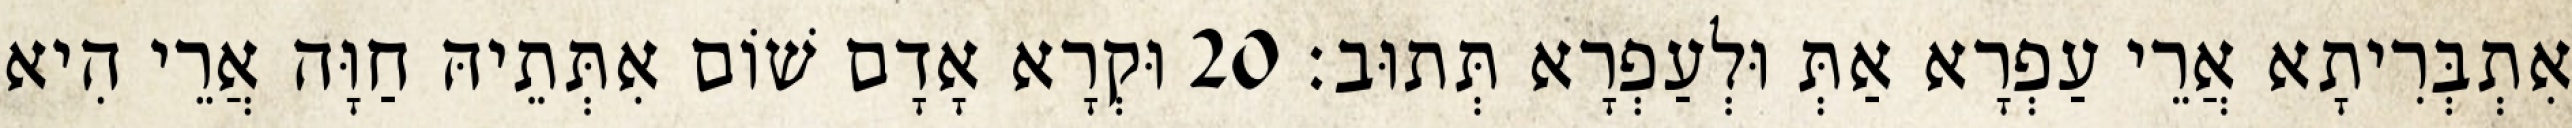
אִתְבְּרִיתָא אֲרֵי עַפְרָא אַתְּ וּלְעַפְרָא תְּתוּב׃ 20 וּקְרָא אָדָם שׁוֹם אִתְּתֵיהּ חַוָּה אֲרֵי הִיא